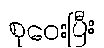
စုဝေးပြီး